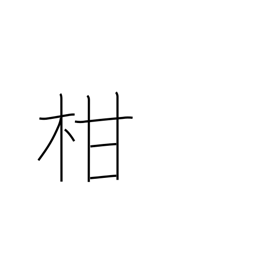
Meaning: citrus